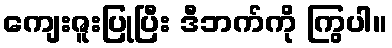
ကျေးဇူးပြုပြီး ဒီဘက်ကို ကြွပါ။